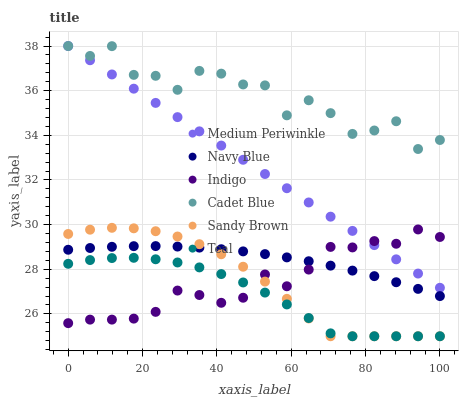
| xaxis_label | Medium Periwinkle | Navy Blue | Indigo | Cadet Blue | Sandy Brown | Teal |
 | --- | --- | --- | --- | --- | --- | --- |
 | 0 | 38 | 28.9 | 25.6 | 38 | 29.6 | 28.2 |
 | 5.88 | 37.4 | 29 | 25.7 | 37.6 | 29.8 | 28.4 |
 | 11.8 | 36.7 | 29 | 25.7 | 38 | 29.9 | 28.5 |
 | 17.6 | 36.1 | 29 | 25.8 | 36.7 | 29.8 | 28.5 |
 | 23.5 | 35.5 | 29 | 26.1 | 36.7 | 29.7 | 28.4 |
 | 29.4 | 34.8 | 29 | 27 | 36 | 29.5 | 28.3 |
 | 35.3 | 34.2 | 29 | 26.8 | 36.9 | 29.1 | 28.1 |
 | 41.2 | 33.5 | 28.9 | 26.5 | 36.8 | 28.7 | 27.8 |
 | 47.1 | 32.9 | 28.8 | 26.7 | 36.3 | 28.1 | 27.4 |
 | 52.9 | 32.3 | 28.7 | 27.8 | 36.2 | 27.4 | 27 |
 | 58.8 | 31.6 | 28.5 | 27.2 | 34.9 | 26.7 | 26.4 |
 | 64.7 | 31 | 28.4 | 28 | 35.6 | 25.8 | 25.8 |
 | 70.6 | 30.4 | 28.2 | 29 | 35 | 25 | 25.1 |
 | 76.5 | 29.7 | 27.9 | 29 | 34.1 | 25 | 25 |
 | 82.4 | 29.1 | 27.7 | 29.3 | 34.2 | 25 | 25 |
 | 88.2 | 28.4 | 27.4 | 29.1 | 34.6 | 25 | 25 |
 | 94.1 | 27.8 | 27.1 | 29.8 | 33.4 | 25 | 25 |
 | 100 | 27.2 | 26.8 | 29.4 | 33.8 | 25 | 25 |